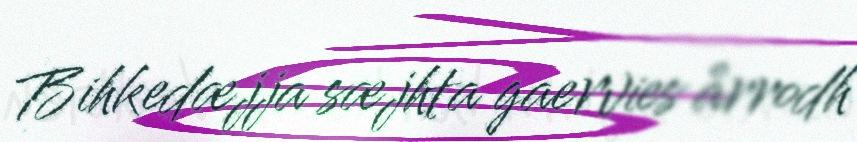
Bihkedæjja sæjhta gaervies årrodh